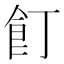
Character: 飣